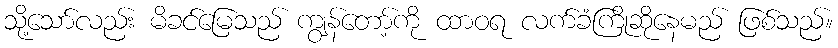
သို့သော်လည်း မိခင်မြေသည် ကျွန်တော့်ကို ထာဝရ လက်ခံကြိုဆိုနေမည် ဖြစ်သည်။